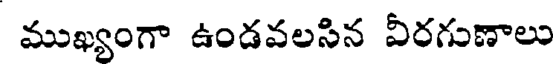
ముఖ్యంగా ఉండవలసిన వీరగుణాలు